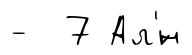
- 7 Ал'́н